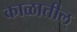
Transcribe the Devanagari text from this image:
काळातील्